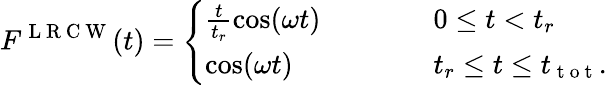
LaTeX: F^{\mathrm{~L~R~C~W~}}(t)=\left\{ \begin{array}{lcl}{\frac{t}{t_{r}}\cos(\omega t)}&{\qquad}&{0\leq t<t_{r}}\\ {\cos(\omega t)}&{\qquad}&{t_{r}\leq t\leq t_{\mathrm{~t~o~t~}}.}\end{array}\right.